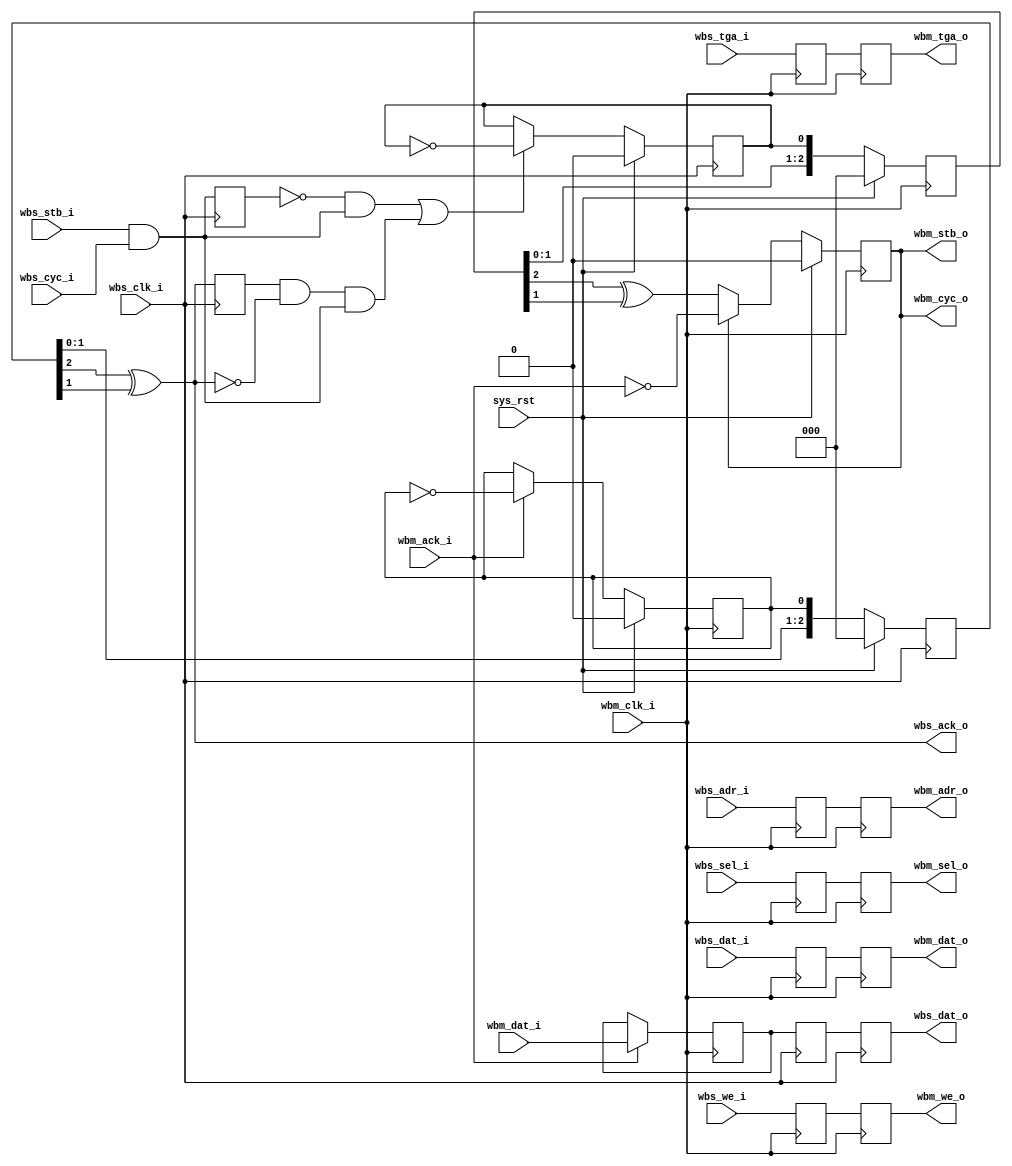
module wb_abrg (
    input sys_rst,

    // Wishbone slave interface
    input             wbs_clk_i,
    input      [19:1] wbs_adr_i,
    input      [15:0] wbs_dat_i,
    output reg [15:0] wbs_dat_o,
    input      [ 1:0] wbs_sel_i,
    input             wbs_tga_i,
    input             wbs_stb_i,
    input             wbs_cyc_i,
    input             wbs_we_i,
    output            wbs_ack_o,

    // Wishbone master interface
    input             wbm_clk_i,
    output reg [19:1] wbm_adr_o,
    output reg [15:0] wbm_dat_o,
    input      [15:0] wbm_dat_i,
    output reg [ 1:0] wbm_sel_o,
    output reg        wbm_tga_o,
    output            wbm_stb_o,
    output            wbm_cyc_o,
    output reg        wbm_we_o,
    input             wbm_ack_i
  );

  // Registers and nets
  wire       wbs_stb;
  wire       init_tr;
  reg        wbm_stb;
  reg  [2:0] sync_stb;
  reg  [2:0] sync_ack;
  reg        ft_stb;
  reg        ft_ack;
  reg        stb_r;
  reg        ack_r;

  reg [19:1] wbm_adr_o_r;
  reg [15:0] wbm_dat_o_r;
  reg [ 1:0] wbm_sel_o_r;
  reg        wbm_tga_o_r;
  reg        wbm_we_o_r;
  reg [15:0] wbs_dat_o_r;
  reg [15:0] wbm_dat_i_r;

  // Continous assignments
  assign wbs_stb = wbs_stb_i & wbs_cyc_i;

  // recreate the flag from the level change
  assign wbs_ack_o = (sync_ack[2] ^ sync_ack[1]);
  assign wbm_stb_o = wbm_stb;
  assign wbm_cyc_o = wbm_stb;

  /*
   * A new wishbone transaction is issued:
   * . by changing stb from 0 to 1
   * . by continue asserting stb after ack is received
   */
  assign init_tr = ~stb_r & wbs_stb | ack_r & ~wbs_ack_o & wbs_stb;

  // Behaviour
  // wbm_stb
  always @(posedge wbm_clk_i)
    wbm_stb <= sys_rst ? 1'b0
      : (wbm_stb ? ~wbm_ack_i : sync_stb[2] ^ sync_stb[1]);

  // old stb and ack state
  always @(posedge wbs_clk_i) stb_r <= wbs_stb;
  always @(posedge wbs_clk_i) ack_r <= wbs_ack_o;

  always @(posedge wbs_clk_i)
    ft_stb <= sys_rst ? 1'b0 : (init_tr ? ~ft_stb : ft_stb);

  // synchronize the last level change
  always @(posedge wbm_clk_i)
    sync_stb <= sys_rst ? 3'h0 : {sync_stb[1:0], ft_stb};

  // this changes level when a flag is seen
  always @(posedge wbm_clk_i)
    ft_ack <= sys_rst ? 1'b0 : (wbm_ack_i ? ~ft_ack : ft_ack);

  // which can then be synched to wbs_clk_i
  always @(posedge wbs_clk_i)
    sync_ack <= sys_rst ? 3'h0 : {sync_ack[1:0], ft_ack};

  // rest of the wishbone signals
  always @(posedge wbm_clk_i)
    {wbm_adr_o, wbm_adr_o_r} <= {wbm_adr_o_r, wbs_adr_i};

  always @(posedge wbm_clk_i)
    {wbm_dat_o, wbm_dat_o_r} <= {wbm_dat_o_r, wbs_dat_i};

  always @(posedge wbm_clk_i)
    {wbm_sel_o, wbm_sel_o_r} <= {wbm_sel_o_r, wbs_sel_i};

  always @(posedge wbm_clk_i)
    {wbm_we_o, wbm_we_o_r} <= {wbm_we_o_r, wbs_we_i};

  always @(posedge wbm_clk_i)
    {wbm_tga_o, wbm_tga_o_r} <= {wbm_tga_o_r, wbs_tga_i};

  /*
   * Register input coming from the slave as that can change
   * after the ack is received
   */
  always @(posedge wbm_clk_i)
    wbm_dat_i_r <= wbm_ack_i ? wbm_dat_i : wbm_dat_i_r;

  always @(posedge wbs_clk_i)
    {wbs_dat_o, wbs_dat_o_r} <= {wbs_dat_o_r, wbm_dat_i_r};

endmodule